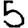
Digit: 5